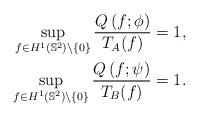
LaTeX: \begin{align*}\sup_{f\in H^{1}\left(\mathbb{S}^{2}\right)\setminus\{0\}}\frac{Q\left(f;\phi\right)}{T_{A}(f)} = 1, \\\sup_{f\in H^{1}\left(\mathbb{S}^{2}\right)\setminus\{0\}}\frac{Q\left(f;\psi\right)}{T_{B}(f)} = 1.\end{align*}